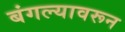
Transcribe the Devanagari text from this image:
बंगल्यावरून